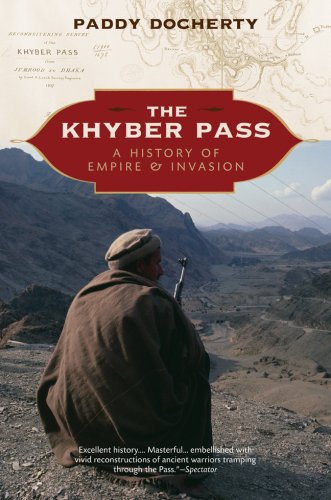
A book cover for The Khyber Pass: A History of Empire & Invasion; Paddy Docherty; Travel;